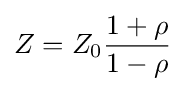
Z=Z_{0}{\frac {1+\rho }{1-\rho }}